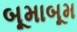
બૂમાબૂમ